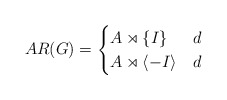
\begin{align*}AR(G)=\begin{cases}A\rtimes\{I\} &d \\A\rtimes\langle-I\rangle &d\end{cases}\end{align*}